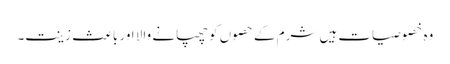
وہ خصوصیات ہیں شرم کے حصوں کو چھپانے والا اور باعث زینت۔